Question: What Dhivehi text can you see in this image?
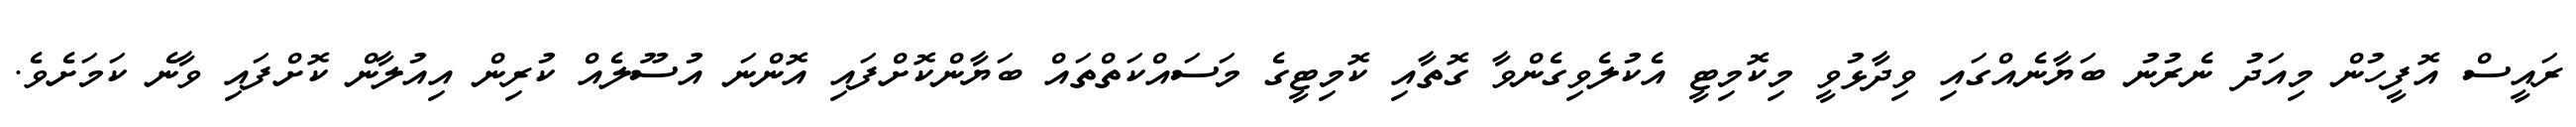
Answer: ރައީސް އޮފީހުން މިއަދު ނެރުނު ބަޔާނެއްގައި ވިދާޅުވީ މިކޮމިޓީ އެކުލެވިގެންވާ ގޮތާއި ކޮމިޓީގެ މަސައްކަތްތައް ބަޔާންކޮށްފައި އޮންނަ އުސޫލެއް ކުރިން އިއުލާން ކޮށްފައި ވާނެ ކަމަށެވެ.